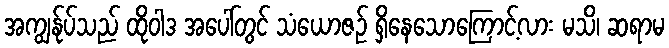
အကျွန်ုပ်သည် ထိုဝါဒ အပေါ်တွင် သံယောဇဉ် ရှိနေသောကြောင့်လား မသိ၊ ဆရာမ